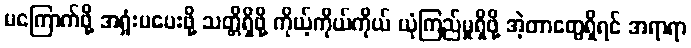
မကြောက်ဖို့ အရှုံးမပေးဖို့ သတ္တိရှိဖို့ ကိုယ့်ကိုယ်ကိုယ် ယုံကြည်မှုရှိဖို့ အဲ့တာတွေရှိရင် အရာရာ